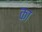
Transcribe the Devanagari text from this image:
का